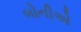
બોનીએ